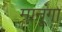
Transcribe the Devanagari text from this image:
मानूंगा